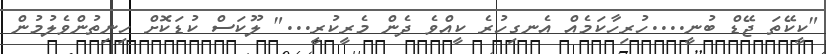
"ކީކޭތަ ޖޭޑް ބުނީ....ހުރިހާކަމެއް އެނގިހުރެ ކީއްވެ ދެން މެރީކުރީ..." ލޫކަސް ކުޑަކޮށް ހިނިތުންވެލުމުން